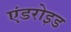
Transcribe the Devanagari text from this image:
एंडरोइड